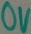
Text: 0V